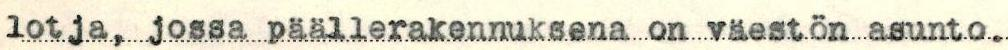
lotja, jossa päällerakennuksena on väestön asunto.